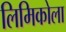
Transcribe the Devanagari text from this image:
लिमिकोला